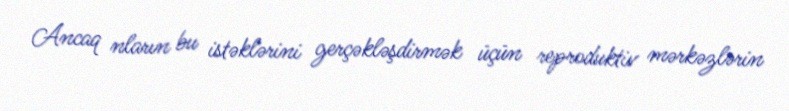
Ancaq nların bu istəklərini gerçəkləşdirmək üçün reproduktiv mərkəzlərin